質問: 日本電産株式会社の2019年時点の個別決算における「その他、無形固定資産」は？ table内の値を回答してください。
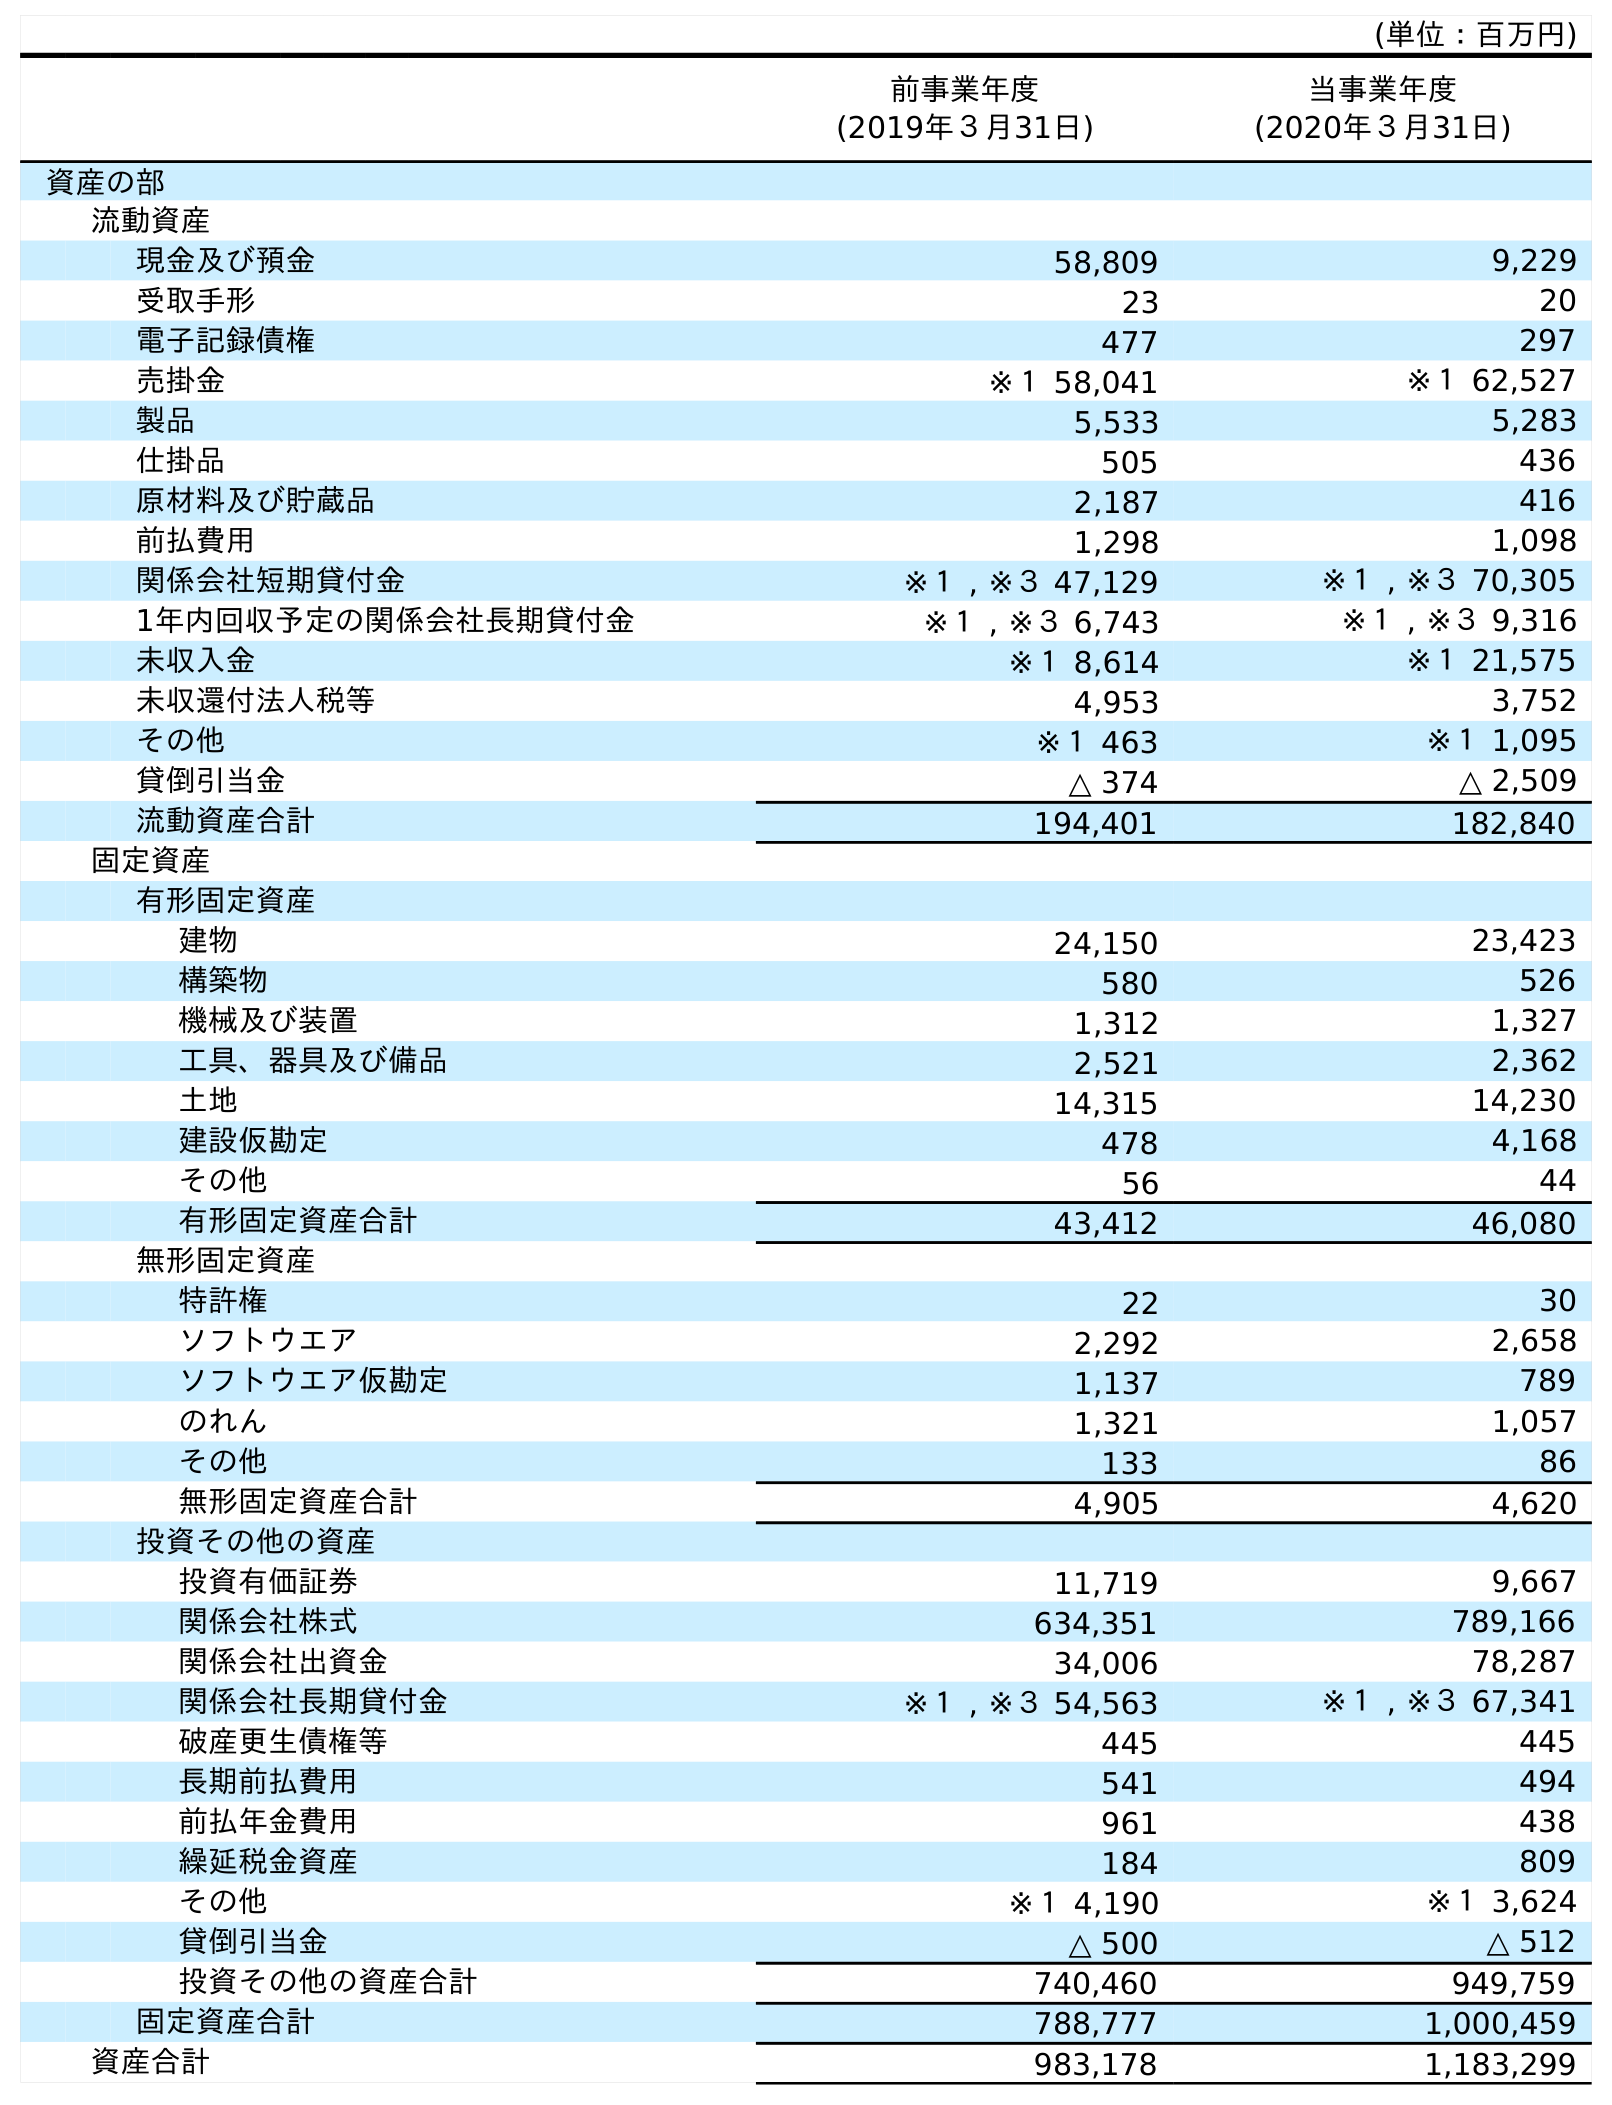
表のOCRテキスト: (単位：百万円) 前事業年度 (2019年３月31日) 当事業年度 (2020年３月31日) 資産の部 流動資産 現金及び預金 58,809 9,229 受取手形 23 20 電子記録債権 477 297 売掛金 ※１ 58,041 ※１ 62,527 製品 5,533 5,283 仕掛品 505 436 原材料及び貯蔵品 2,187 416 前払費用 1,298 1,098 関係会社短期貸付金 ※１ , ※３ 47,129 ※１ , ※３ 70,305 1年内回収予定の関係会社長期貸付金 ※１ , ※３ 6,743 ※１ , ※３ 9,316 未収入金 ※１ 8,614 ※１ 21,575 未収還付法人税等 4,953 3,752 その他 ※１ 463 ※１ 1,095 貸倒引当金 △ 374 △ 2,509 流動資産合計 194,401 182,840 固定資産 有形固定資産 建物 24,150 23,423 構築物 580 526 機械及び装置 1,312 1,327 工具、器具及び備品 2,521 2,362 土地 14,315 14,230 建設仮勘定 478 4,168 その他 56 44 有形固定資産合計 43,412 46,080 無形固定資産 特許権 22 30 ソフトウエア 2,292 2,658 ソフトウエア仮勘定 1,137 789 のれん 1,321 1,057 その他 133 86 無形固定資産合計 4,905 4,620 投資その他の資産 投資有価証券 11,719 9,667 関係会社株式 634,351 789,166 関係会社出資金 34,006 78,287 関係会社長期貸付金 ※１ , ※３ 54,563 ※１ , ※３ 67,341 破産更生債権等 445 445 長期前払費用 541 494 前払年金費用 961 438 繰延税金資産 184 809 その他 ※１ 4,190 ※１ 3,624 貸倒引当金 △ 500 △ 512 投資その他の資産合計 740,460 949,759 固定資産合計 788,777 1,000,459 資産合計 983,178 1,183,299
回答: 133